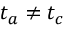
t _ { a } \neq t _ { c }